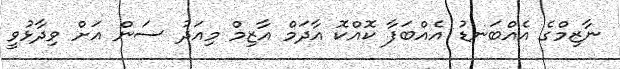
ނާޒިމްގެ އެއްބަނޑު އެއްބަފާ ކޮއްކޮ އާދަމް އާޒިމް މިއަދު ސަން އަށް ވިދާޅުވީ